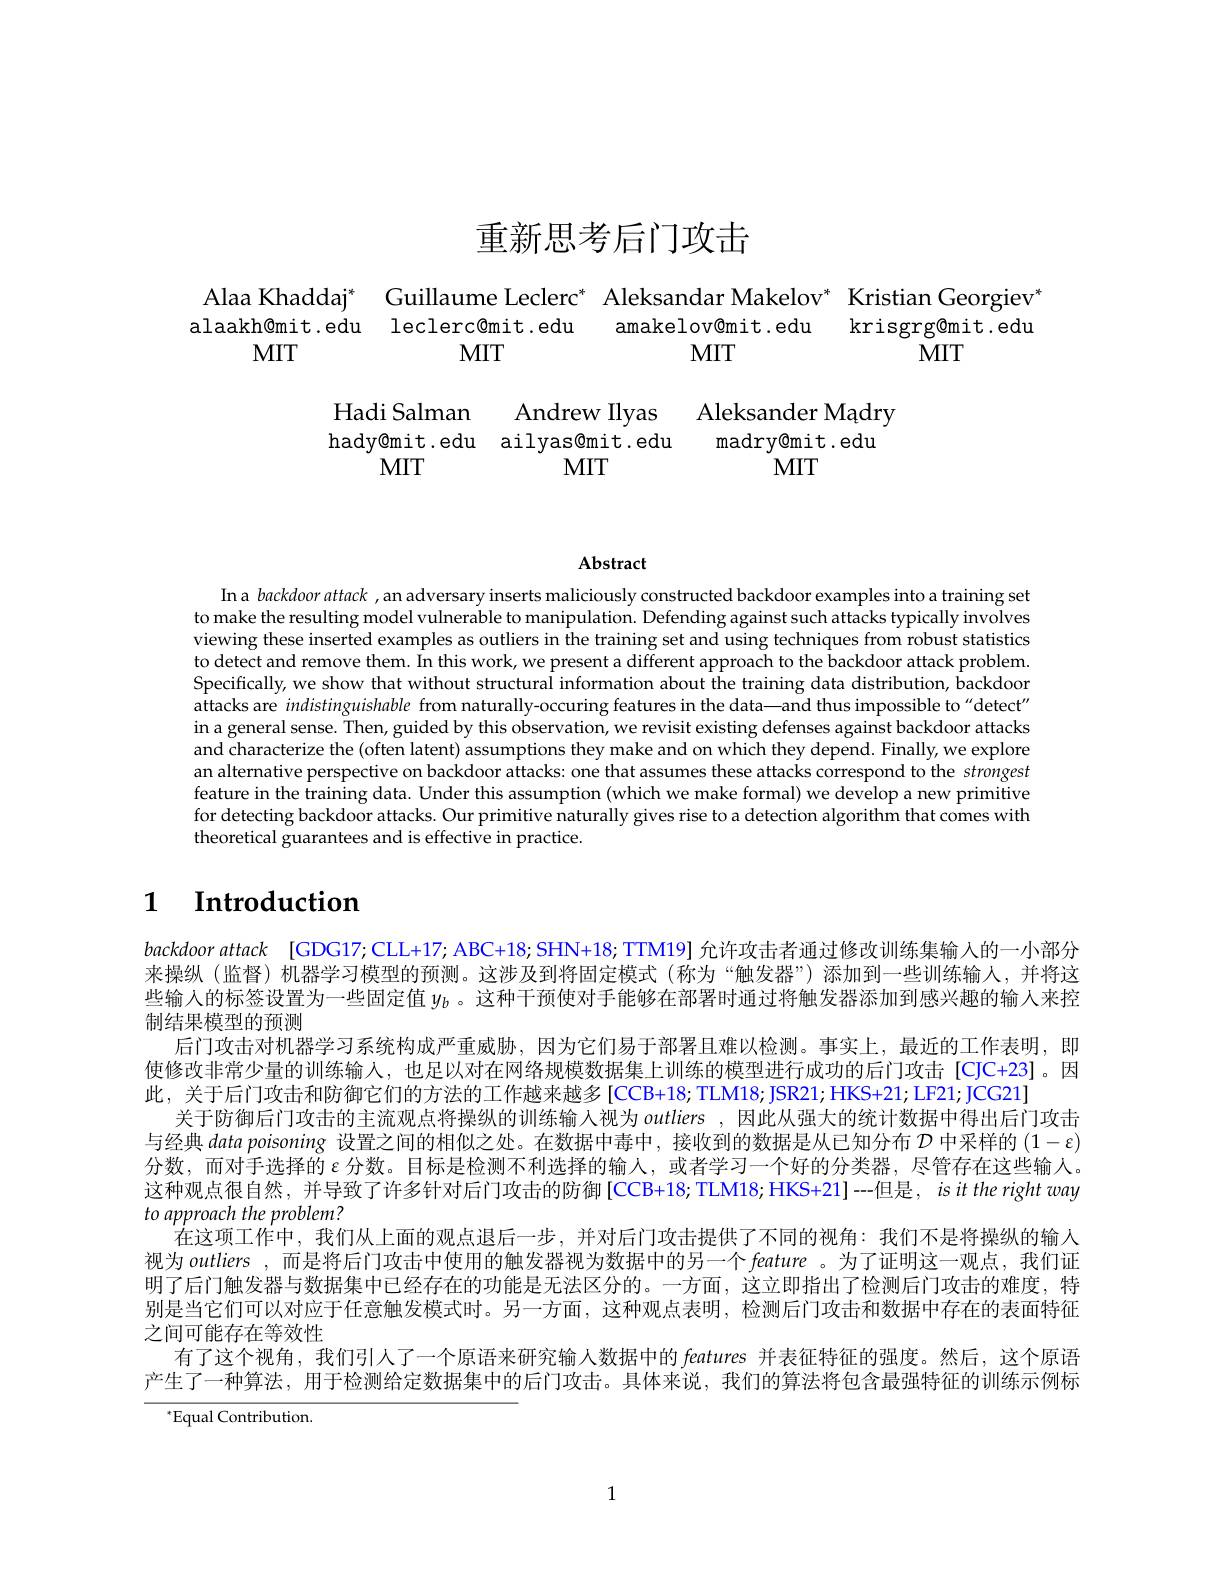
# 重新思考后门攻击

$\begin{aligned}\text{Alaa Khaddaj}^*&\text{Guilllaume Lecler}^*&\text{Aleksandar Makelov}^*&\text{Kristian Georgiev}\\\text{laakh@mit.edu}&\text{leclerc@mit.edu}&\text{amakelovemit.edu}&\text{krisgrg@mit.edu}\\\text{MIT}&\text{MIT}&\text{MIT}&\text{MIT}\\&\text{Hadi Salman}&\text{Andrew Ilyas}&\text{Aleksander Madry}\\&\text{hady@mit.edu}&\text{ailyasemi}\end{aligned}$

Abstract

In a backdoor attack , an adversary inserts maliciously constructed backdoor examples into a training set to make the resulting model vulnerable to manipulation. Defending against such attacks typically involves viewing these inserted examples as outliers in the training set and using techniques from robust statistics to detect and remove them. In this work, we present a different approach to the backdoor attack problem. Specifically, we show that without structural information about the training data distribution, backdoor attacks are indistinguishable from naturally-occuring features in the data—and thus impossible to"detect" in a general sense. Then, guided by this observation, we revisit existing defenses against backdoor attacks and characterize the (often latent) assumptions they make and on which they depend. Finally, we explore an alternative perspective on backdoor attacks: one that assumes these attacks correspond to the strongest feature in the training data. Under this assumption (which we make formal) we develop a new primitive for detecting backdoor attacks. Our primitive naturally gives rise to a detection algorithm that comes with theoretical guarantees and is effective in practice.

### $\textbf{1}$ $\textbf{Introduction}$

backdoor attack [GDG17;CLL+17; ABC+18; SHN+18; TTM19] 允许攻击者通过修改训练集输入的一小部分来操纵(监督)机器学习模型的预测。这涉及到将固定模式(称为“触发器”)添加到一些训练输人，并将这些输入的标签设置为一些固定值$y_b$ 。这种干预使对手能够在部署时通过将触发器添加到感兴趣的输人来控制结果模型的预测
后门攻击对机器学习系统构成严重威胁，因为它们易于部署且难以检测。事实上，最近的工作表明，即使修改非常少量的训练输入，也足以对在网络规模数据集上训练的模型进行成功的后门攻击[CJC+23]。因此，关于后门攻击和防御它们的方法的工作越来越多 [CCB+18; TLM18; JSR21; HKS+21; LF21; JCG21]
关于防御后门攻击的主流观点将操纵的训练输入视为outliers ,因此从强大的统计数据中得出后门攻击与经典data poisoning 设置之间的相似之处。在数据中毒中，接收到的数据是从已知分布$\mathcal{D}$中采样的$(1-\varepsilon)$ 分数，而对手选择的$\varepsilon$分数。目标是检测不利选择的输人，或者学习一个好的分类器，尽管存在这些输人。这种观点很自然，并导致了许多针对后门攻击的防御[CCB+18;TLM18;HKS+21]---但是，isittherightway to approach the problem?
在这项工作中，我们从上面的观点退后一步，并对后门攻击提供了不同的视角：我们不是将操纵的输人视为outliers ,而是将后门攻击中使用的触发器视为数据中的另一个 feature 。为了证明这一观点，我们证明了后门触发器与数据集中已经存在的功能是无法区分的。一方面，这立即指出了检测后门攻击的难度，特别是当它们可以对应于任意触发模式时。另一方面，这种观点表明，检测后门攻击和数据中存在的表面特征之间可能存在等效性
有了这个视角，我们引人了一个原语来研究输入数据中的 features 并表征特征的强度。然后，这个原语产生了一种算法，用于检测给定数据集中的后门攻击。具体来说，我们的算法将包含最强特征的训练示例标

$^{*}$Equal Contribution.

1